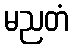
မညတံ